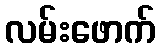
လမ်းဖောက်